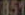
851